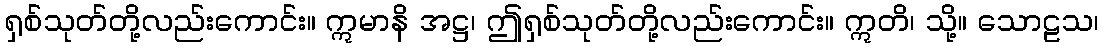
ရှစ်သုတ်တို့လည်းကောင်း။ ဣမာနိ အဋ္ဌ၊ ဤရှစ်သုတ်တို့လည်းကောင်း။ ဣတိ၊ သို့။ သောဠသ၊